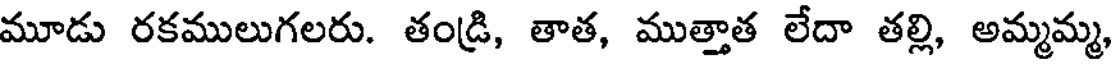
మూడు రకములుగలరు. తండ్రి, తాత, ముత్తాత లేదా తల్లి, అమ్మమ్మ,